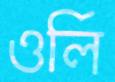
ওর্লি